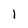
Character: 1